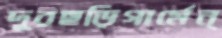
দূরছড়িগার্মেন্